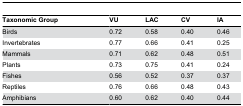
| Taxonomic Group | VU | LAC | CV | IA |
 | --- | --- | --- | --- | --- |
 | Birds | 0.72 | 0.58 | 0.40 | 0.46 |
 | Invertebrates | 0.77 | 0.66 | 0.41 | 0.25 |
 | Mammals | 0.71 | 0.62 | 0.48 | 0.51 |
 | Plants | 0.73 | 0.75 | 0.41 | 0.24 |
 | Fishes | 0.56 | 0.52 | 0.37 | 0.37 |
 | Reptiles | 0.76 | 0.66 | 0.48 | 0.43 |
 | Amphibians | 0.60 | 0.62 | 0.40 | 0.44 |